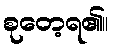
စုတေ့ရ၏။